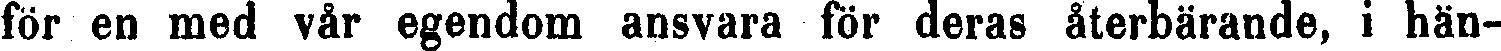
för en med vår egendom ansvara för deras återbärande, i hän-